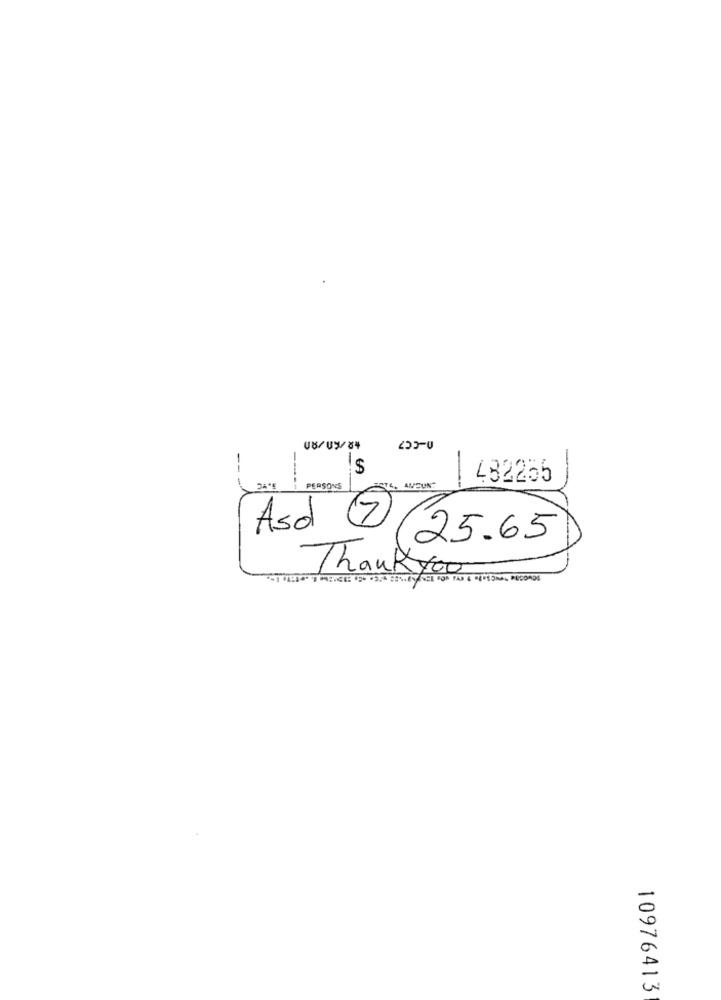
-
---
482255
PERSONS
STA. AMOUNT
Asd 7
25.65
Thankyou
10976413